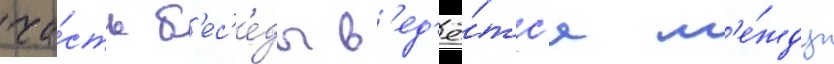
ча́сть б'ес'е́ды в'ед'ё́тс'я м'е́жду